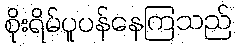
စိုးရိမ်ပူပန်နေကြသည်